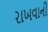
રાખવાની